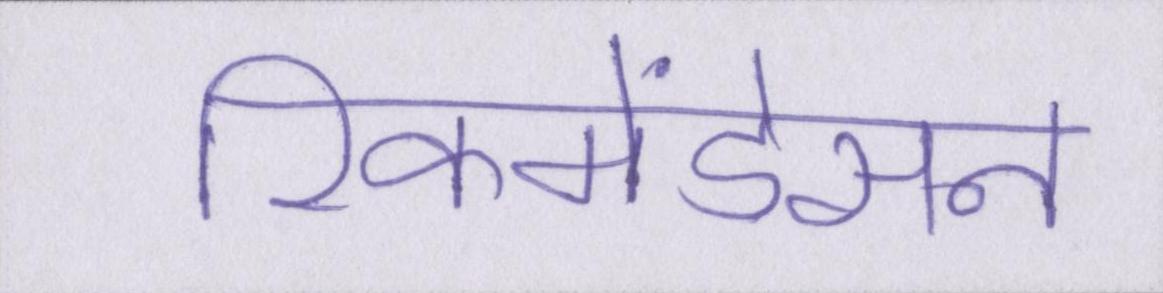
रिकमेंडेसन